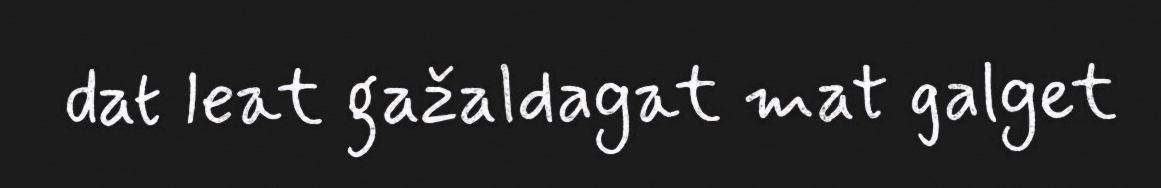
dat leat gažaldagat mat galget